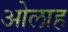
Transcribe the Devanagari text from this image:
ओलाह